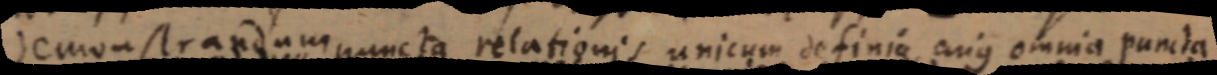
demonstrandum puncta relationis unicum definia cujus omnia puncta